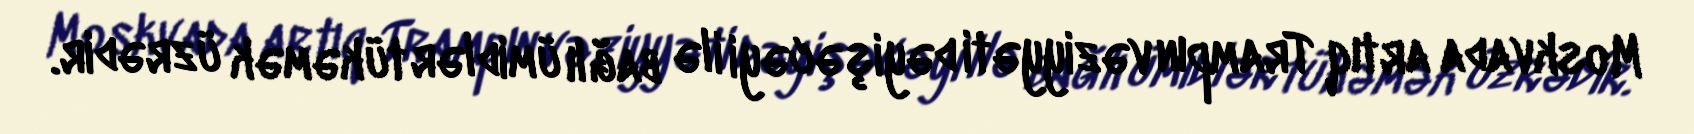
Moskvada artıq Trampın vəziyyəti dəyişəcəyi ilə bağlı ümidlər tükəmək üzrədir.